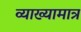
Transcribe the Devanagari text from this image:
व्याख्यामात्र